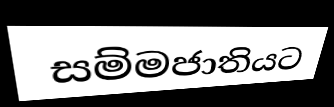
සම්මජාතියට